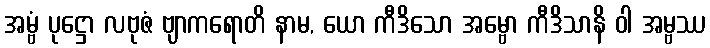
အမ္ဗံ ပုဋ္ဌော လဗုဇံ ဗျာကရောတိ နာမ, ယော ကီဒိသော အမ္ဗော ကီဒိသာနိ ဝါ အမ္ဗဿ